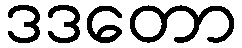
ဒဒတော